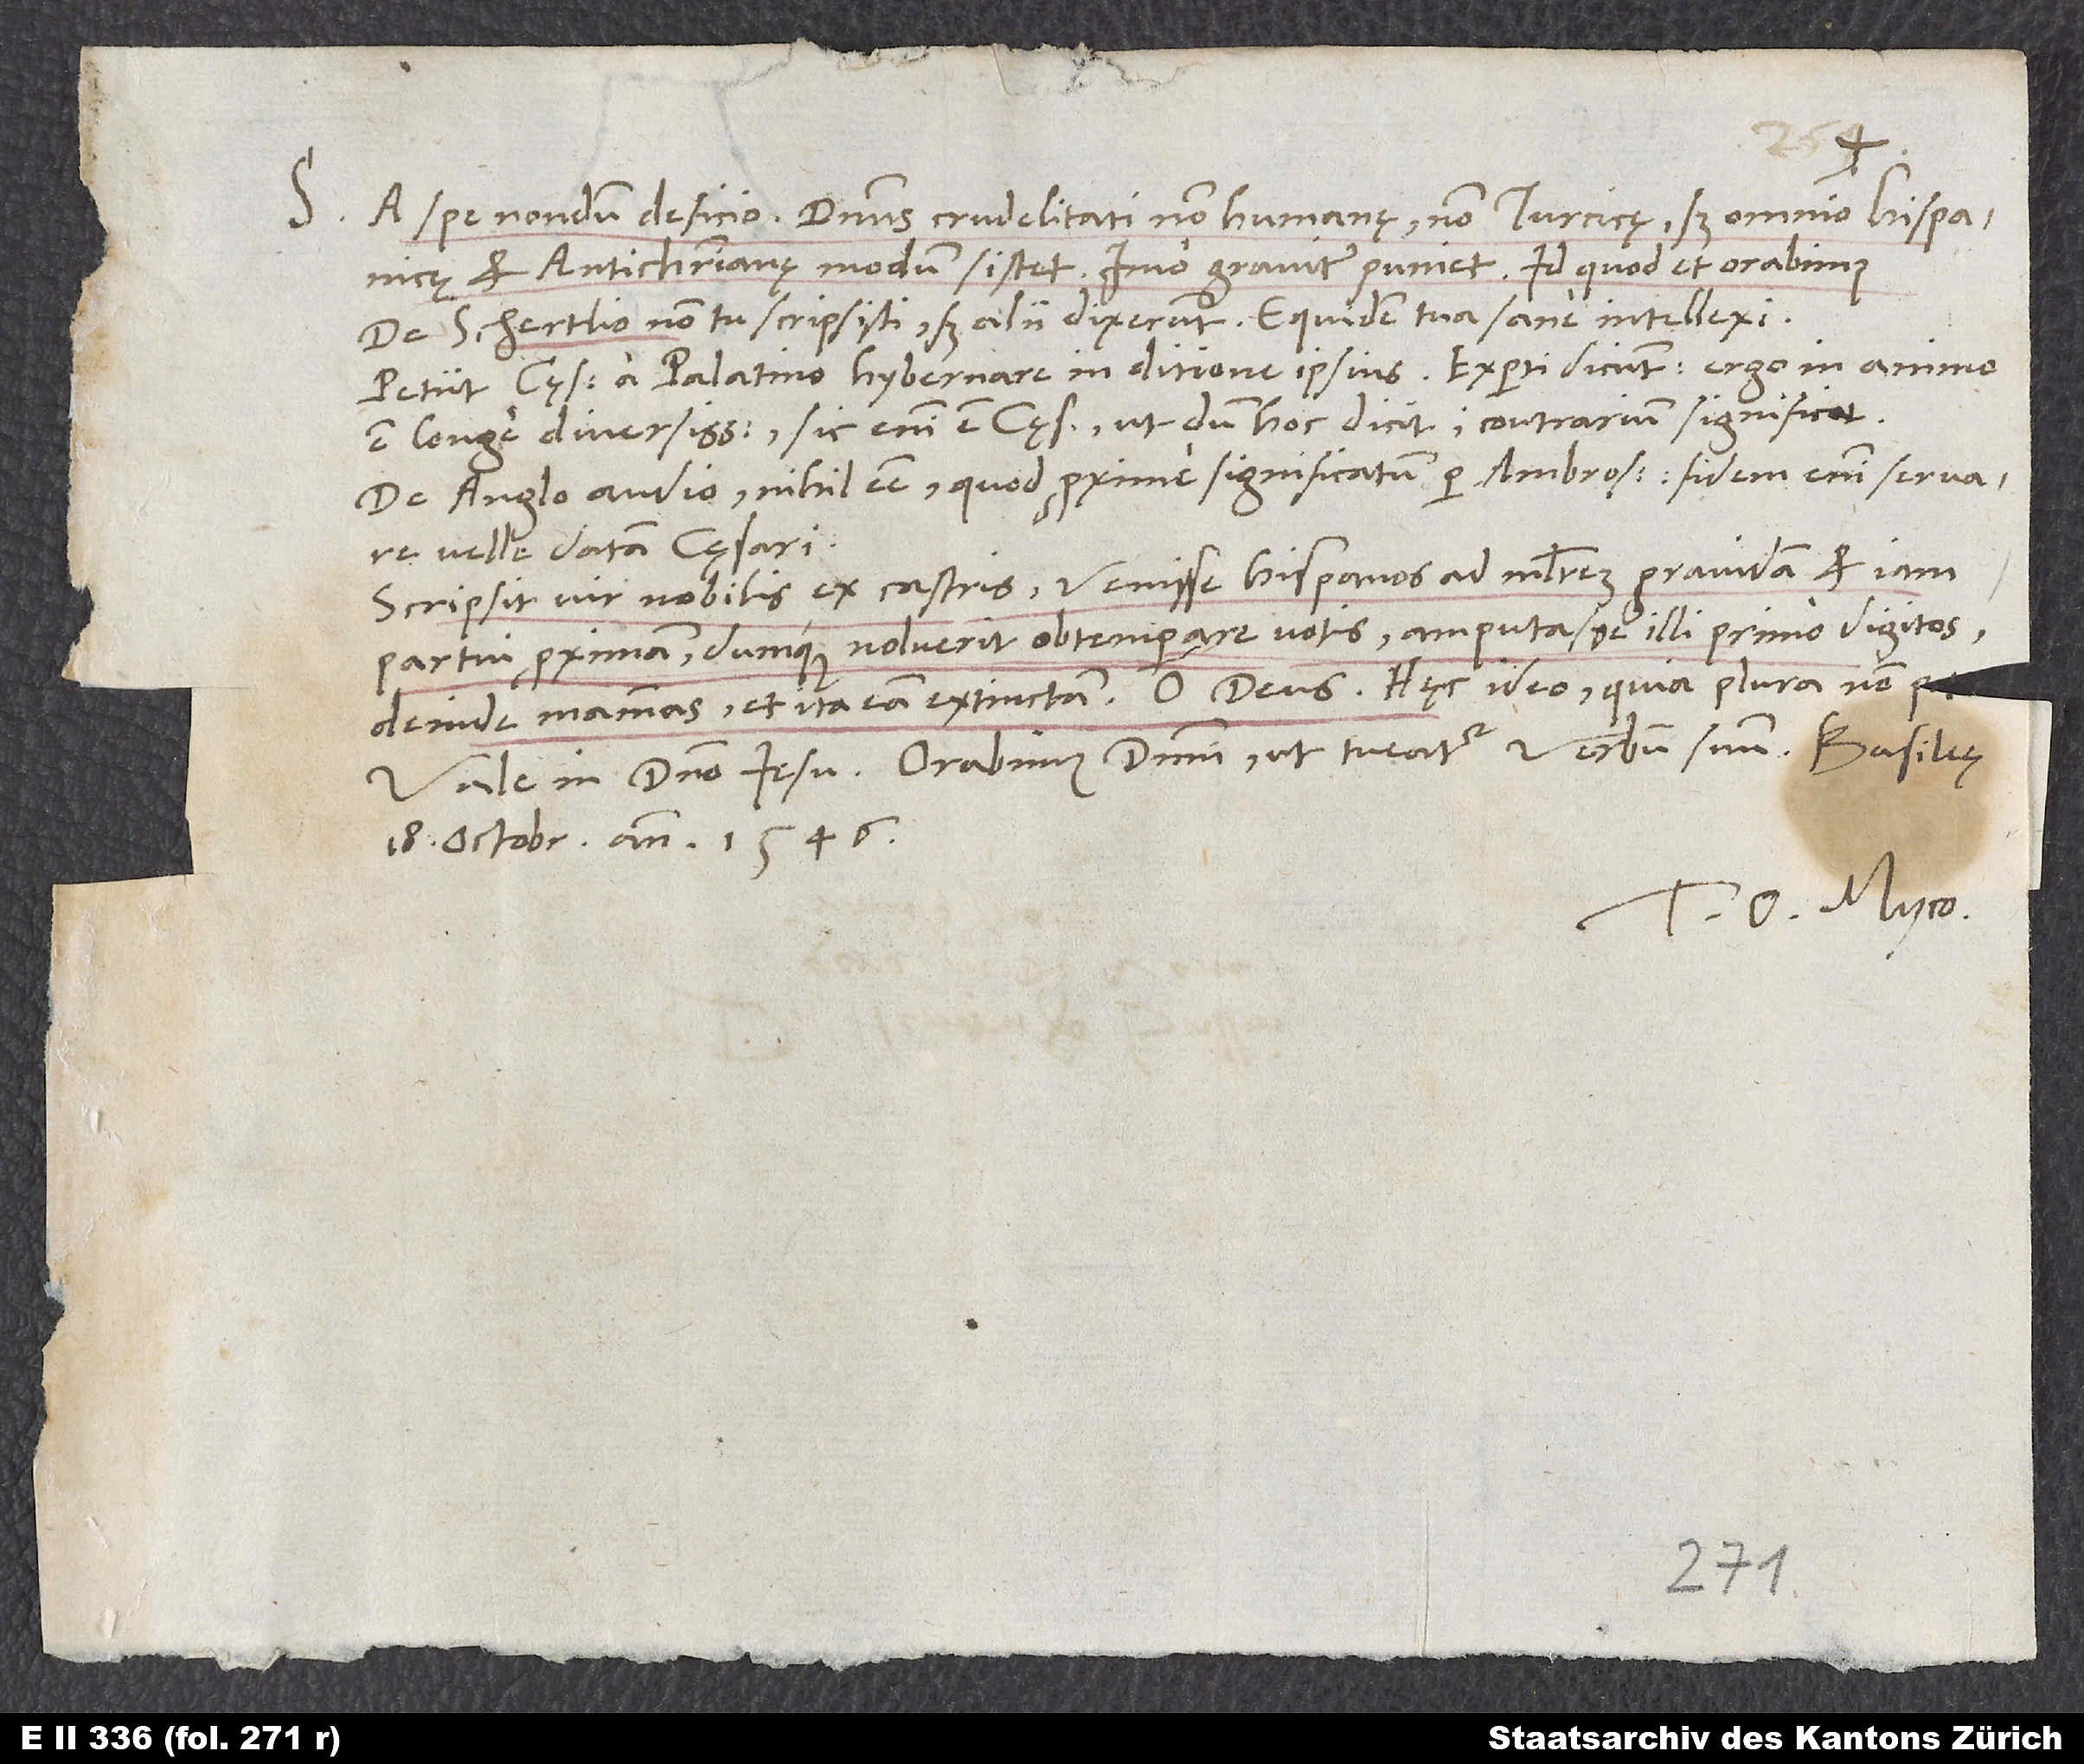
S.

A spe nondum deficio. Dominus crudelitati non humanę, non Turcicę, sed omnino Hispanicę
et antichristianę modum sistet, imo graviter puniet! Id quod et orabimus.
De Schertlino non tu scripsisti, sed alii dixerunt. Equidem tua sane intellexi.
Petiit cęsar a Palatino hybernare in ditione ipsius. Experti dicunt: Ergo in animo
est longe diversissimum; sic enim est cęsar, ut, dum hoc dicit, contrarium significet.
De Anglo audio nihil esse, quod proxime significatum per Ambrosium; fidem enim servare
velle datam cęsari.
Scripsit vir nobilis ex castris venisse Hispanos ad mulierem gravidam et iam
partui proximam. Dumque noluerit obtemperare votis, amputasse illi primo digitos,
deinde mammas, et ita eam extinctam. O deus! Hęc ideo, quia plura non p.
Vale in domino Iesu. Orabimus dominum, ut tueatur verbum suum. Basileę,
18. octobris anno 1546.